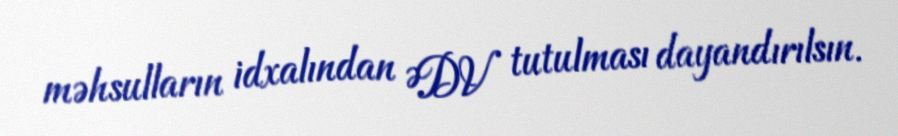
məhsulların idxalından ƏDV tutulması dayandırılsın.